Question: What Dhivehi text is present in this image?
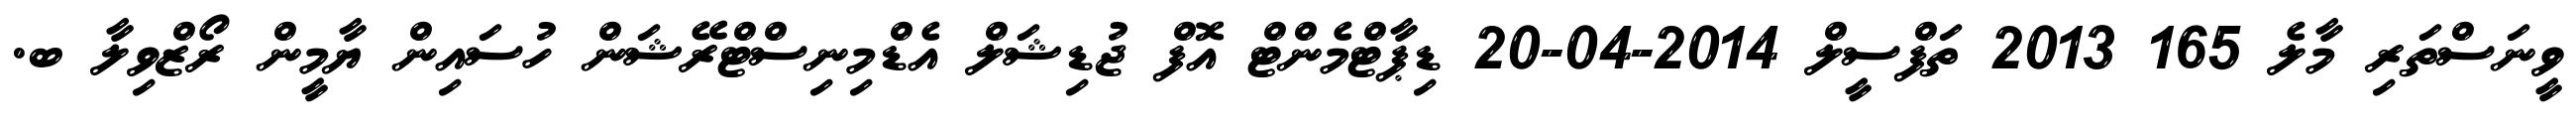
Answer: ވީނަސްތަރި މާލެ 165 2013 ތަފްސީލް 2014-04-20 ޑިޕާޓްމެންޓް އޮފް ޖުޑިޝަލް އެޑްމިނިސްޓްރޭޝަން ހުސައިން ޔާމީން ރޯޒްވިލާ ބ.